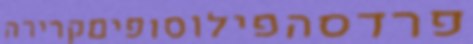
פרדסהפילוסופיםקרירה